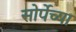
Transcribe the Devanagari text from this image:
सोर्पेच्या